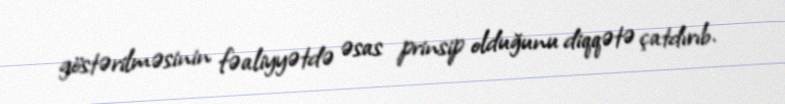
göstərilməsinin fəaliyyətdə əsas prinsip olduğunu diqqətə çatdırıb.